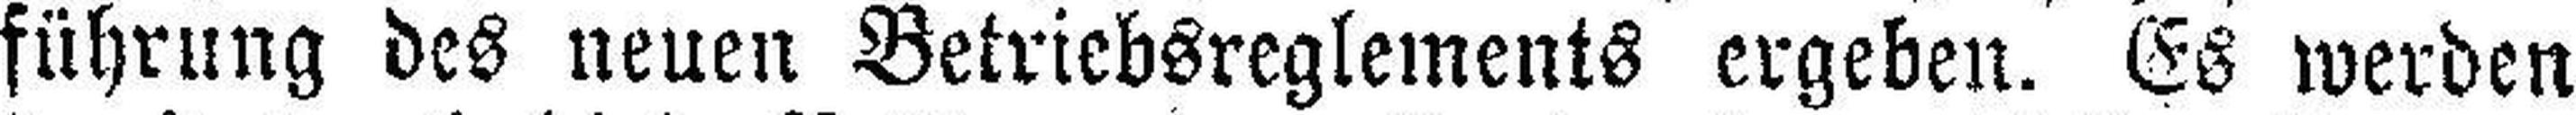
führung des neuen Betriebsreglements ergeben. Es werden